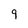
Character: 9